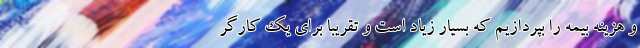
و هزینه بیمه را بپردازیم که بسیار زیاد است و تقریبا برای یک کارگر